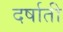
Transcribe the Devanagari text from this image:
दर्षाती